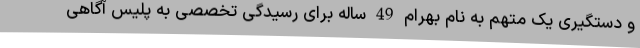
و دستگیری یک متهم به نام بهرام 49 ساله برای رسیدگی تخصصی به پلیس آگاهی